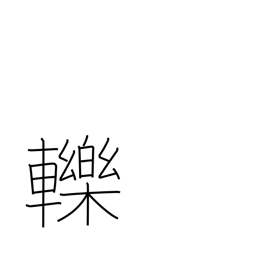
Meaning: run over